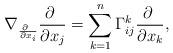
LaTeX: \begin{align*}\nabla_{\frac{\partial\ }{\partial x_i}}\frac{\partial\ }{\partial x_j}=\sum_{k=1}^n\Gamma_{ij}^k\frac{\partial\ }{\partial x_k},\end{align*}